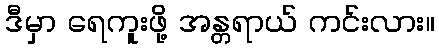
ဒီမှာ ရေကူးဖို့ အန္တရာယ် ကင်းလား။